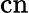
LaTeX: \mathrm{cn}